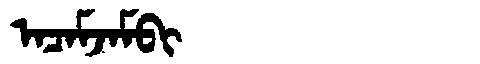
Manchu: ᠠᠴᠠᠮᠵᠠᠮᠪᡳ
Romanization: ACAMJAMBI